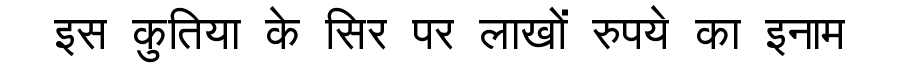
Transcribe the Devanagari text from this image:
इस कुतिया के सिर पर लाखों रुपये का इनाम